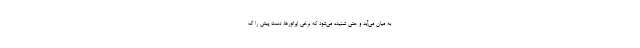
به ميان مي‌آيد و حتي شنيده مي‌شود كه برخي اپراتورها، دست پيش را گ